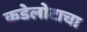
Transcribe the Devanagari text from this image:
कडेलोटाचा